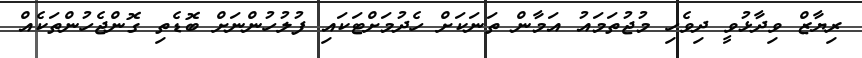
ރިޔާޒް ވިދާޅުވީ ދިވެހި މުޖުތަމައު އަމާން ތަނަކަށް ހެދުމަށްޓަކައި ފުލުހުންނަށް ބޮޑެތި ގޮންޖެހުންތަކެއް